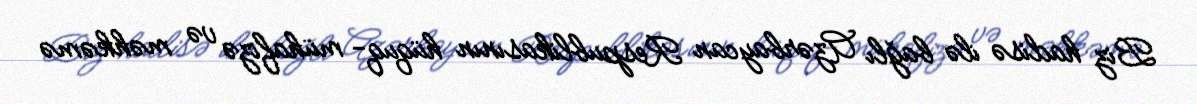
Biz hadisə ilə bağlı Azərbaycan Respublikasının hüquq- mühafizə və məhkəmə